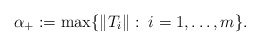
\begin{align*} \alpha_+:=\max\{\|T_i\|:\; i=1,\ldots, m\}. \end{align*}